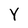
Character: Y